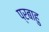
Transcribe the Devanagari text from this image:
प्रबाहु